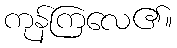
ကုန်ကြလေ၏။